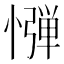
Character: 𢠤